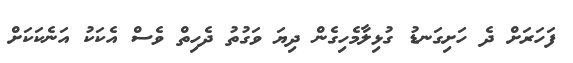
ފަހަރަށް ދެ ހަށިގަނޑު ގުޅިލާމެހިގެން ދިޔަ ވަގުތު ދެހިތް ވެސް އެކަކު އަނެކަކަށް